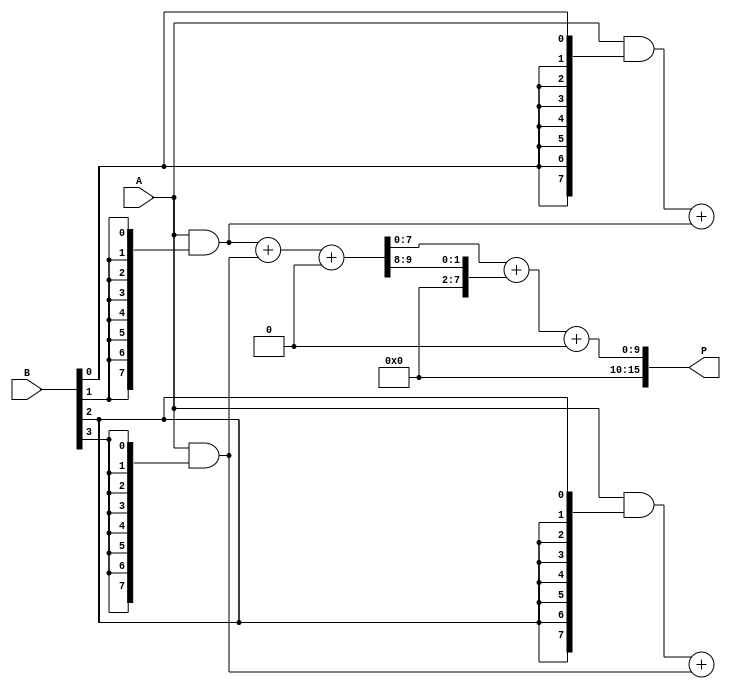
module WallaceTreeMultiplier #(parameter N = 8) (
    input  wire [N-1:0] A,
    input  wire [N-1:0] B,
    output wire [2*N-1:0] P
);

    // Generate Partial Products
    wire [N-1:0] pp [0:N-1]; // Partial products array
    genvar i, j;
    generate
        for (i = 0; i < N; i = i + 1) begin : pp_gen
            assign pp[i] = A & {N{B[i]}}; // AND operation to produce partial products
        end
    endgenerate

    // Wallace Tree Reduction
    wire [N-1:0] sum [0:N-1]; // Sums for the Wallace tree
    wire [N-1:0] carry [0:N-1]; // Carries for the Wallace tree

    // Level 1 Reduction (Using Half and Full Adders)
    generate
        for (i = 0; i < N-1; i = i + 1) begin : level1
            if (i % 2 == 0) begin
                assign {carry[i/2], sum[i/2]} = pp[i] + pp[i+1]; // Full adder
            end else begin
                assign sum[i/2] = pp[i]; // Direct assignment for odd indices
                assign carry[i/2] = 1'b0; // No carry for odd indices
            end
        end
    endgenerate

    // Additional levels of reduction
    wire [N-1:0] sum_next [0:N-1];
    wire [N-1:0] carry_next [0:N-1];
    generate
        for (i = 0; i < (N/2)-1; i = i + 1) begin : level2
            assign {carry_next[i], sum_next[i]} = sum[i*2] + sum[i*2+1] + carry[i]; // Full adder
        end
    endgenerate

    // Final Adder
    wire [2*N-1:0] final_sum;
    wire final_carry;

    assign final_sum = {1'b0, sum_next[0]} + {1'b0, carry_next[0]} + {1'b0, 1'b0}; // Final addition

    // Output assignment
    assign P = final_sum;

endmodule